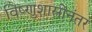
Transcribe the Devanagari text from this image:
विष्णुशास्त्रींनंतर